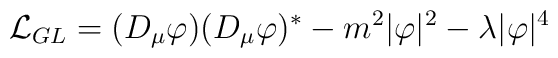
{\cal L}_{GL} = (D_{\mu} \varphi)(D_{\mu} \varphi)^{\ast}- m^2 |\varphi | ^2-\lambda | \varphi |^4